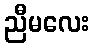
ညီမလေး